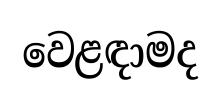
වෙළඳාමද